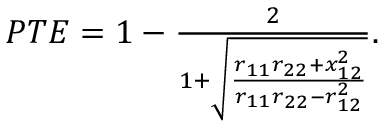
\begin{array} { r } { P T E = 1 - \frac { 2 } { 1 + \sqrt { \frac { r _ { 1 1 } r _ { 2 2 } + x _ { 1 2 } ^ { 2 } } { r _ { 1 1 } r _ { 2 2 } - r _ { 1 2 } ^ { 2 } } } } . } \end{array}